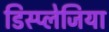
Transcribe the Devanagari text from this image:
डिस्प्लेजिया